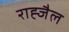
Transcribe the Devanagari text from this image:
राह्जैल